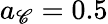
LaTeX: a_{\mathscr{C}}=0.5